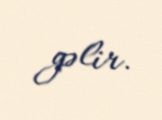
gəlir.